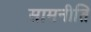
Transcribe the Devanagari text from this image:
सामनीति